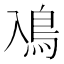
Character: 鳰